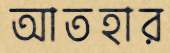
আতহার